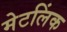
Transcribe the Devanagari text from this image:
मेटलिंक